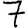
Digit: 7